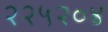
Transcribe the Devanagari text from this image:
२२५२०४